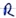
Text: R